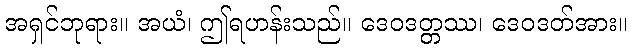
အရှင်ဘုရား။ အယံ၊ ဤရဟန်းသည်။ ဒေဝဒတ္တဿ၊ ဒေဝဒတ်အား။